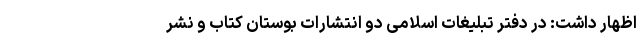
اظهار داشت: در دفتر تبلیغات اسلامی دو انتشارات بوستان کتاب و نشر